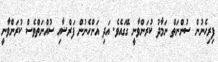
ފިރިހެނުން ސުންނަތް ނަމާދު ކުރަންވާނީ ގޭގައެވެ. އަދި އަންހެނުން ފަރްޟާއި ސުއްނަތްވެސް ކުރަންވާނީ